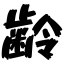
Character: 齢